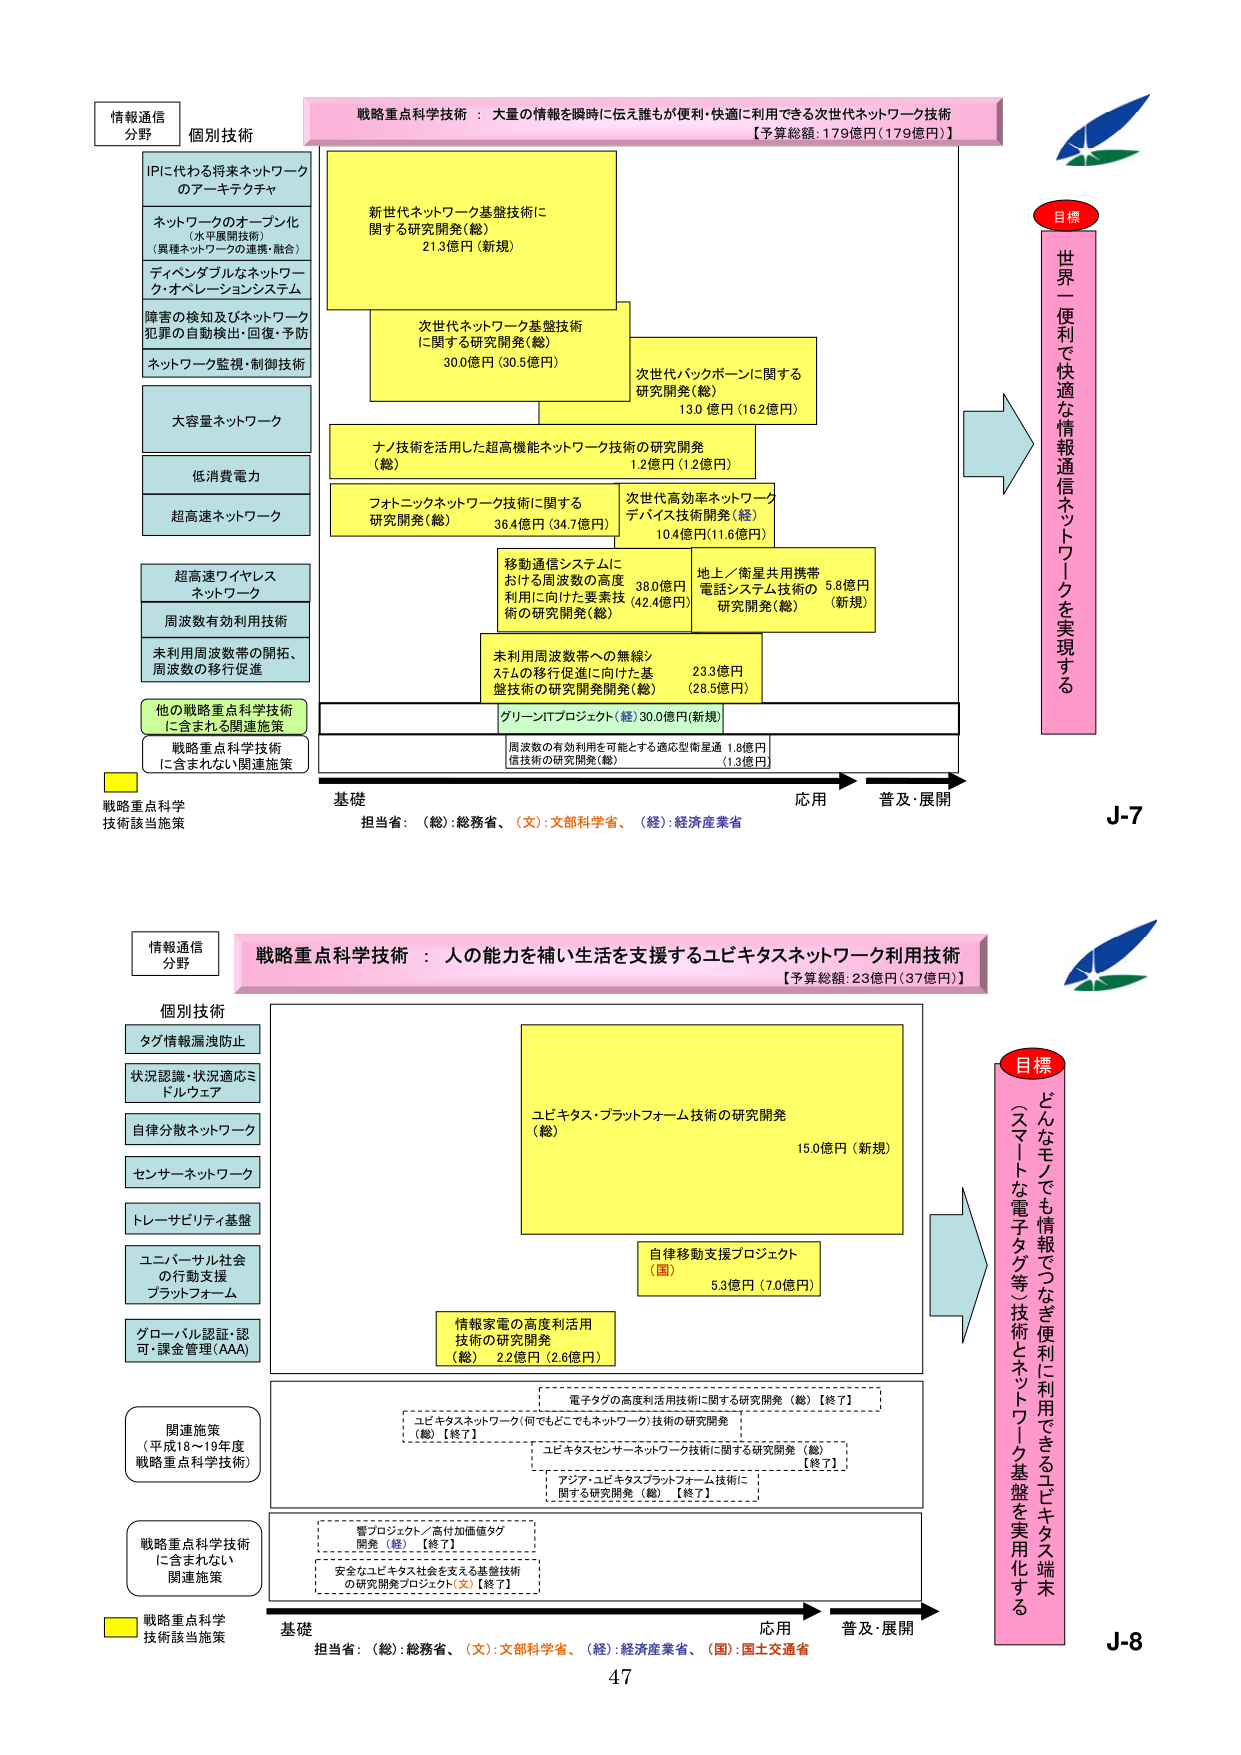
情報通信
分野
個別技術
IPに代わる将来ネットワーク
のアーキテクチャ
ネットワークのオープン化
（水平展開技術）
（異種ネットワークの連携・融合）
ティベンダブルなネットワー
ク・オペレーションシステム
障害の検知及びネットワーク
犯罪の自動検出・回復・予防
ネットワーク監視・制御技術
大容量ネットワーク
低消費電力
超高速ネットワーク
超高速ワイヤレス
ネットワーク
周波数有効利用技術
未利用周波数帯の開拓、
周波数の移行促進
他の戦略重点科学技術
に含まれる関連施策
戦略重点科学技術
に含まれない関連施策
戦略重点科学
技術該当施策
戦略重点科学技術：大量の情報を瞬時に伝え誰もが便利・快適に利用できる次世代ネットワーク技術
【予算総額：179億円（179億円）】
新世代ネットワーク基盤技術に
関する研究開発（総）
21.3億円（新規）
次世代ネットワーク基盤技術
に関する研究開発（総）
30.0億円（30.5億円）
次世代バックボーンに関する
研究開発（総）
13.0億円（16.2億円）
ナノ技術を活用した超高機能ネットワーク技術の研究開発
（総）
1.2億円（1.2億円）
フォトニックネットワーク技術に関する
研究開発（総）
36.4億円（34.7億円）
次世代高効率ネットワーク
デバイス技術開発（経）
10.4億円（11.6億円）
移動通信システムに
おける周波数の高度
利用に向けた要素技
術の研究開発（総）
38.0億円
（42.4億円）
地上／衛星共用携帯
電話システム技術の
研究開発（総）
5.8億円
（新規）
未利用周波数帯への無線シ
ステムの移行促進に向けた基
盤技術の研究開発開発（総）
23.3億円
（28.5億円）
グリーンITプロジェクト（経）30.0億円（新規）
周波数の有効利用を可能とする適応型衛星通 1.8億円
信技術の研究開発（総）
（1.3億円）
目標
世界一便利で快適な情報通信ネットワークを実現する
基礎
担当省：（総）：総務省、（文）：文部科学省、（経）：経済産業省
応用
普及・展開
J-7

情報通信
分野
個別技術
タグ情報漏洩防止
状況認識・状況適応ミ
ドルウェア
自律分散ネットワーク
センサーネットワーク
トレーサビリティ基盤
ユニバーサル社会
の行動支援
プラットフォーム
グローバル認証・認
可・課金管理（AAA）
関連施策
（平成18～19年度
戦略重点科学技術）
戦略重点科学技術
に含まれない
関連施策
戦略重点科学
技術該当施策
戦略重点科学技術：人の能力を補い生活を支援するユビキタスネットワーク利用技術
【予算総額：23億円（37億円）】
ユビキタス・プラットフォーム技術の研究開発
（総）
15.0億円（新規）
自律移動支援プロジェクト
（国）
5.3億円（7.0億円）
情報家電の高度利用
技術の研究開発
（総） 2.2億円（2.6億円）
電子タグの高度利用技術に関する研究開発（総）【終了】
ユビキタスネットワーク（何でもどこでもネットワーク）技術の研究開発
（総）【終了】
ユビキタスセンサーネットワーク技術に関する研究開発（総）
【終了】
アジア・ユビキタスプラットフォーム技術に
関する研究開発（総）【終了】
管プロジェクト／高付加価値タグ
開発（経）【終了】
安全なユビキタス社会を支える基盤技術
の研究開発プロジェクト（文）【終了】
目標
どんなモノでも情報でつなぎ便利に利用できるユビキタス端末
（スマートな電子タグ等）技術とネットワーク基盤を実用化する
基礎
担当省：（総）：総務省、（文）：文部科学省、（経）：経済産業省、（国）：国土交通省
応用
普及・展開
J-8
47